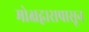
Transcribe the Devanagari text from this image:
मोक्षद्वारापासून